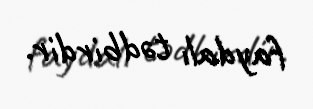
faydalı tədbirdir.